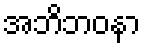
အဘိဘဝနာ